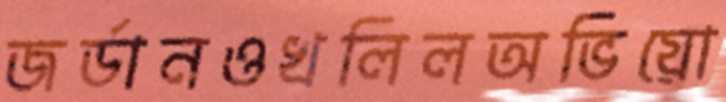
জর্ডানওখলিলঅভিয়ো